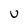
Character: U